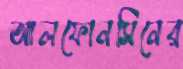
আলফোনসিনের